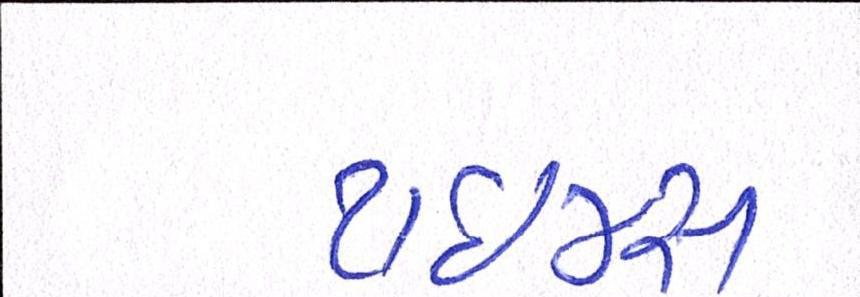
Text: ટાઈમ્સ